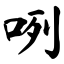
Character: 咧